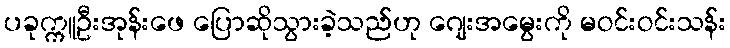
ပခုက္ကူဦးအုန်းဖေ ပြောဆိုသွားခဲ့သည်ဟု ဂျေးအမွေးကို မဝင်းဝင်းသန်း